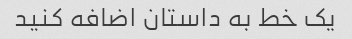
یک خط به داستان اضافه کنید